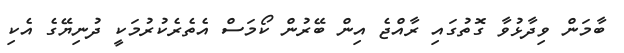
ބާމަން ވިދާޅުވާ ގޮތުގައި ރާއްޖެ އިން ބޭރުން ކޯމަސް އެތެރެކުރުމަކީ ދުނިޔޭގެ އެކި